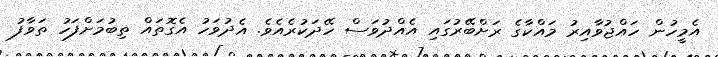
އެމީހުން ހައްޖުވާއިރު މައްކާގެ ރަށްބޭރުގައި އެއްދުވަސް ހޭދަކުރެއެވެ. އެދުވަހު އެގޮތައް ތިބުމަށްފަހު ތަވާފު